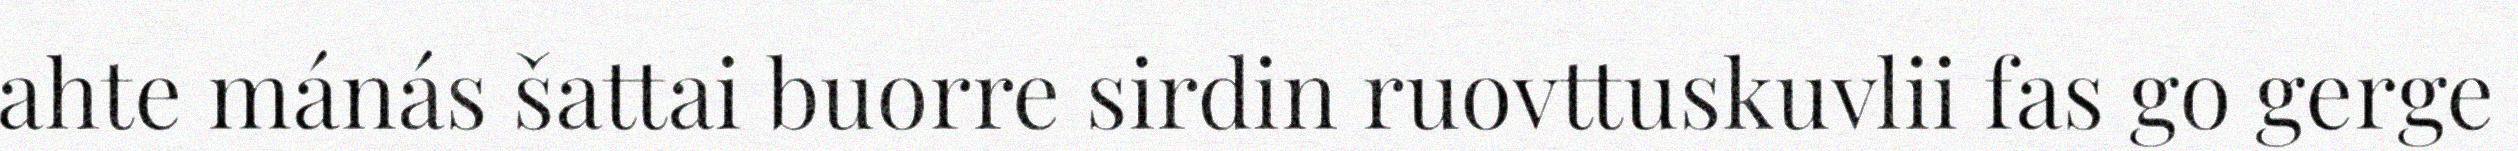
ahte mánás šattai buorre sirdin ruovttuskuvlii fas go gerge